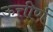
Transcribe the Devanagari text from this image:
ऊत्तीर्ण